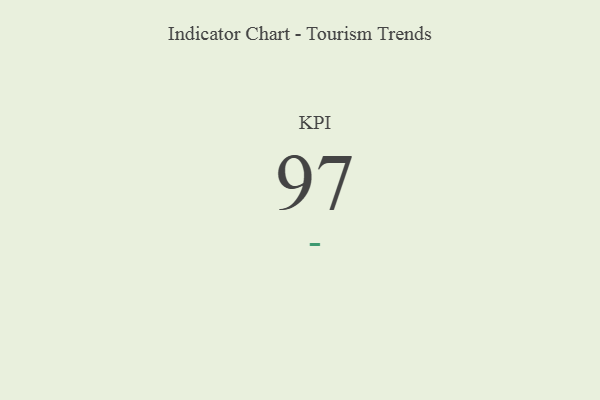
{"axis": {"x": "KPI", "y": "Value"}, "legend": [""], "data": [{"x": "KPI", "y": 97, "type": ""}]}